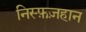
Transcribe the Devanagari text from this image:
निस्फ़ज़हान